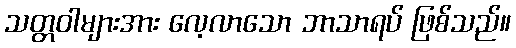
သတ္တဝါများအား လေ့လာသော ဘာသာရပ် ဖြစ်သည်။